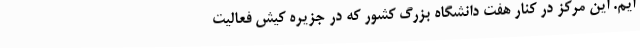
ایم. این مرکز در کنار هفت دانشگاه بزرگ کشور که در جزیره کیش فعالیت